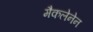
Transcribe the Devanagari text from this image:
मैकलेनेन